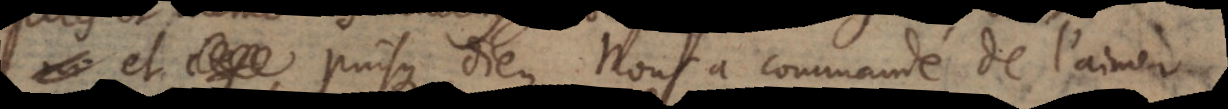
, et puisque Dieu nous a commandé de l’aimer